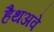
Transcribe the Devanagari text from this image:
हैथअवे